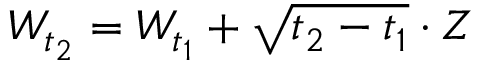
W _ { t _ { 2 } } = W _ { t _ { 1 } } + { \sqrt { t _ { 2 } - t _ { 1 } } } \cdot Z